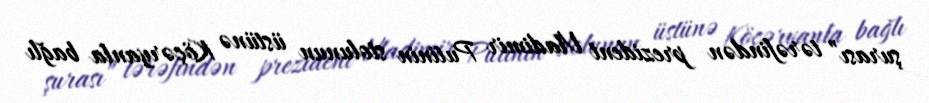
şurası” tərəfindən prezident Vladimir Putinin stolunun üstünə Köçəryanla bağlı